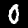
Label: 0